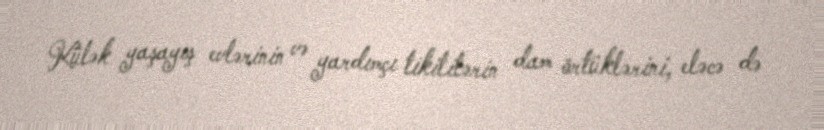
Külək yaşayış evlərinin və yardımçı tikililərin dam örtüklərini, eləcə də